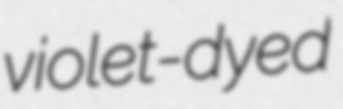
violet-dyed